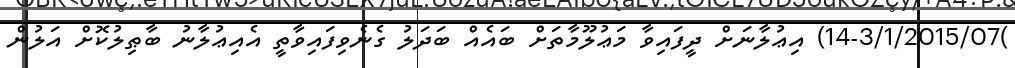
)14-3/1/2015/07) އިޢުލާނަށް ދީފައިވާ މަޢުލޫމާތަށް ބައެއް ބަދަލު ގެނެވިފައިވާތީ އެއިޢުލާނު ބާޠިލުކޮށް އަލުން